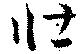
壮